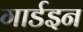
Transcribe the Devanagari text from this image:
गार्डइन